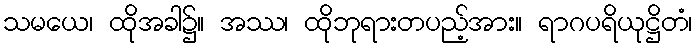
သမယေ၊ ထိုအခါ၌။ အဿ၊ ထိုဘုရားတပည့်အား။ ရာဂပရိယုဋ္ဌိတံ၊